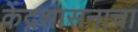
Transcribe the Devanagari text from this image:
केंद्रशासनाचा